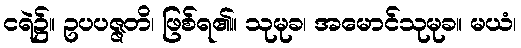
ငရဲ၌။ ဥပပဇ္ဇတိ၊ ဖြစ်ရ၏။ သုမုခ၊ အမောင်သုမုခ။ မယံ၊